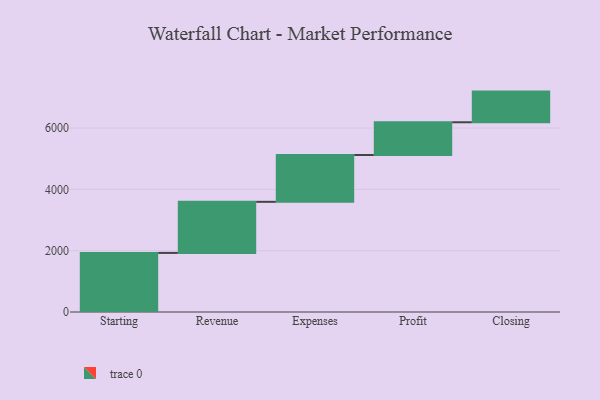
{"axis": {"x": "Step", "y": "Value"}, "legend": [""], "data": [{"x": "Starting", "y": 1927.0, "type": ""}, {"x": "Revenue", "y": 1666.0, "type": ""}, {"x": "Expenses", "y": 1528.0, "type": ""}, {"x": "Profit", "y": 1067.0, "type": ""}, {"x": "Closing", "y": 1000, "type": ""}]}